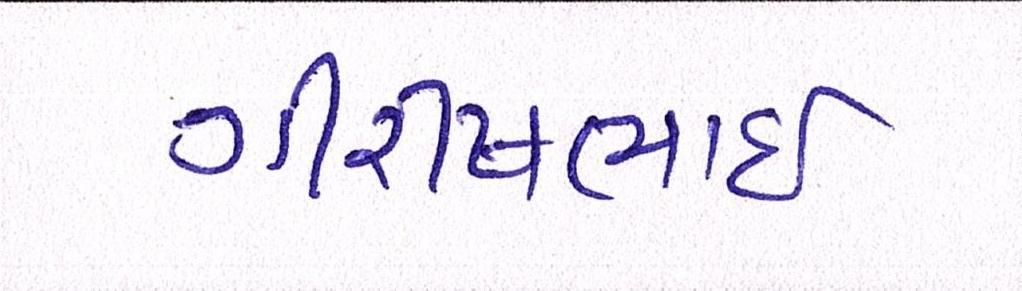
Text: ગીરીષભાઈ